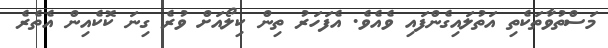
މަސްތުވާތަކެތި އަތުލައިގެންފައި ވެއެވެ. އެފަހަރު ތިން ކިލޯއަށް ވުރެ ގިނަ ކޮކެއިން އެތެރެ